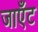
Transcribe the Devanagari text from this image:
जाएँट